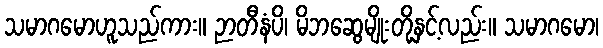
သမာဂမောဟူသည်ကား။ ဉာတီနံပိ၊ မိဘဆွေမျိုးတို့နှင့်လည်း။ သမာဂမော၊